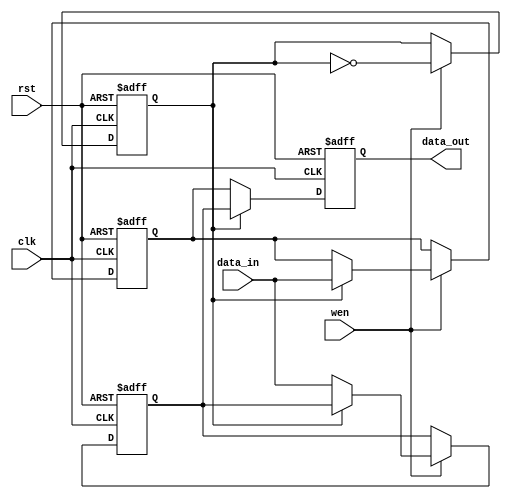
module double_buffer_register #(
    parameter DATA_WIDTH = 8  // Parameter to define the width of the data bus
)(
    input wire clk,            // System clock
    input wire rst,            // Asynchronous reset
    input wire wen,            // Write enable signal
    input wire [DATA_WIDTH-1:0] data_in, // Data input bus
    output reg [DATA_WIDTH-1:0] data_out  // Data output bus
);

    reg [DATA_WIDTH-1:0] Reg_A; // First register
    reg [DATA_WIDTH-1:0] Reg_B; // Second register
    reg toggle;                 // Toggle signal for register selection

    always @(posedge clk or posedge rst) begin
        if (rst) begin
            // Reset both registers and toggle signal
            Reg_A <= 0;
            Reg_B <= 0;
            toggle <= 0;
            data_out <= 0;
        end else begin
            if (wen) begin
                // Write data to the active register
                if (toggle) begin
                    Reg_A <= data_in;  // Write to Reg_A
                end else begin
                    Reg_B <= data_in;  // Write to Reg_B
                end
                // Toggle the active register for the next write
                toggle <= ~toggle;
            end
            // Update the output data from the non-active register
            if (toggle) begin
                data_out <= Reg_B; // Output from Reg_B when Reg_A is active
            end else begin
                data_out <= Reg_A; // Output from Reg_A when Reg_B is active
            end
        end
    end

endmodule